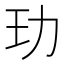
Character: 玏